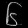
Digit: ၆